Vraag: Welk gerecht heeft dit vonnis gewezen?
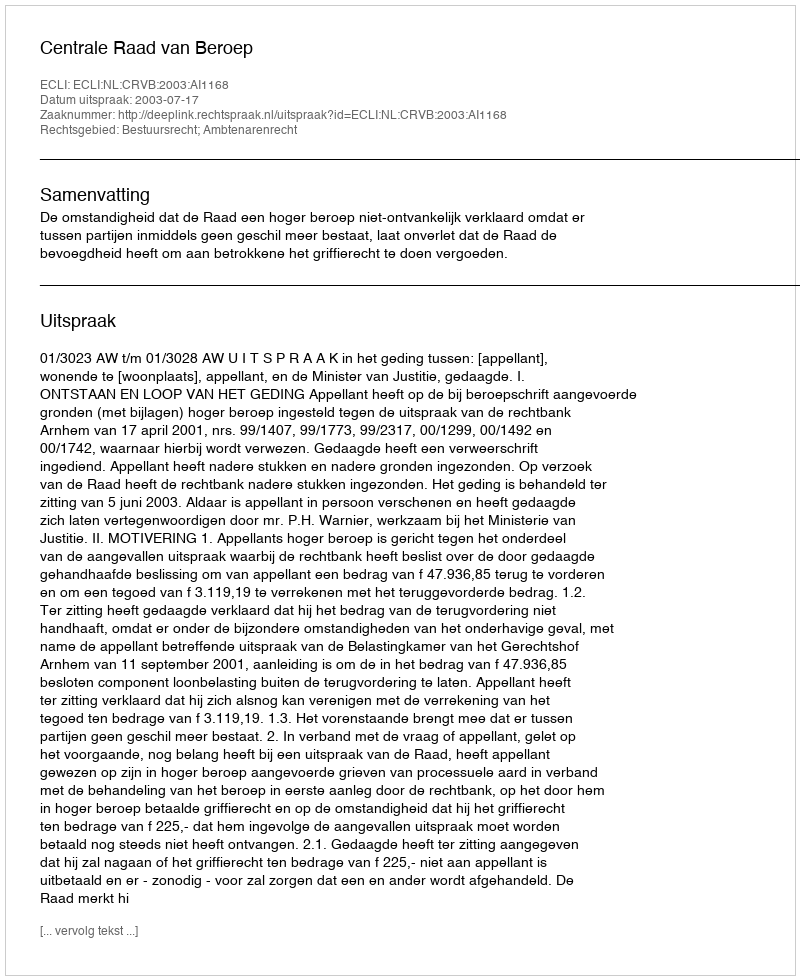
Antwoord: Centrale Raad van Beroep